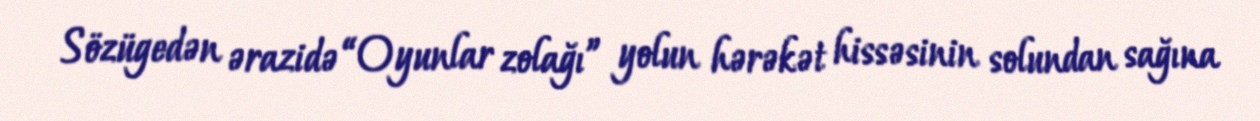
Sözügedən ərazidə “Oyunlar zolağı” yolun hərəkət hissəsinin solundan sağına